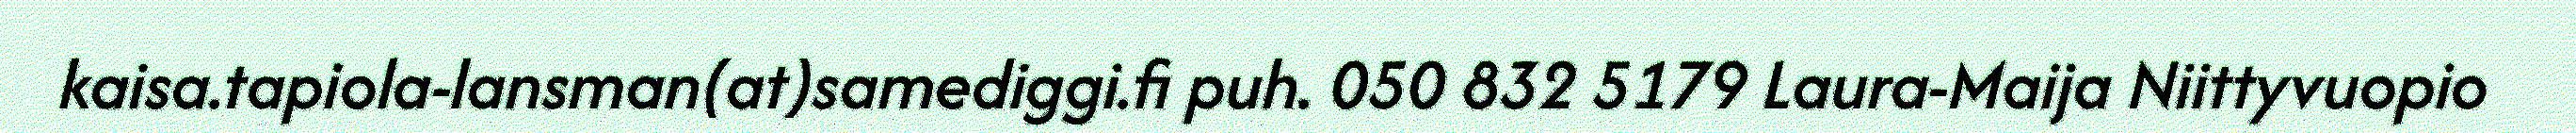
kaisa.tapiola-lansman(at)samediggi.fi puh. 050 832 5179 Laura-Maija Niittyvuopio